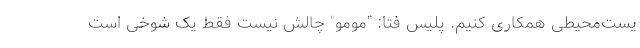
یست‌محیطی همکاری کنیم. پلیس فتا: "مومو" چالش نیست فقط یک شوخی است